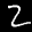
Label: 2